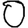
Digit: 0